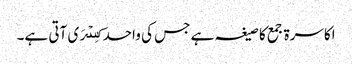
اکاسرۃ جمع کا صیغہ ہے جس کی واحد کِسۡرَی آتی ہے۔